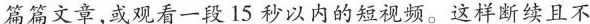
篇篇文章，或观看一段15 秒以内的短视频。这样断续且不